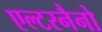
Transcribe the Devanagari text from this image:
एल्टरनैनो